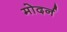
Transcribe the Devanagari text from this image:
मोदर्न